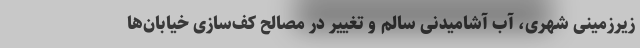
زیرزمینی شهری، آب آشامیدنی سالم و تغییر در مصالح کف‌سازی خیابان‌ها